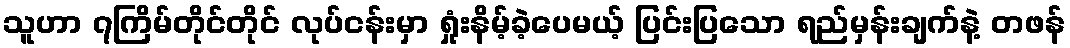
သူဟာ ၇ကြိမ်တိုင်တိုင် လုပ်ငန်းမှာ ရှုံးနိမ့်ခဲ့ပေမယ့် ပြင်းပြသော ရည်မှန်းချက်နဲ့ တဖန်